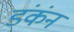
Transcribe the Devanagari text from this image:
डंकंन